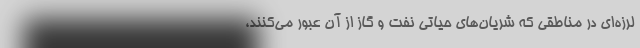
لرزه‌ای در مناطقی که شریان‌های حیاتی نفت و گاز از آن عبور می‌کنند،